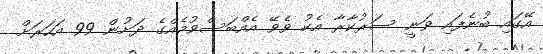
އޭގައި ބުނެފައި ވަނީ ސަރުކާރާ އެކު ވެވޭ އެއްބަސްވުމެއްގެ ދަށުން 99 އަހަރަށް